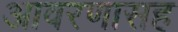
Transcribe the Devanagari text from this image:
आवरणासह